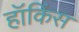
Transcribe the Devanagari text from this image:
हॉकिंस